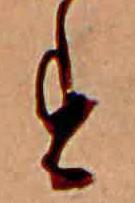
す